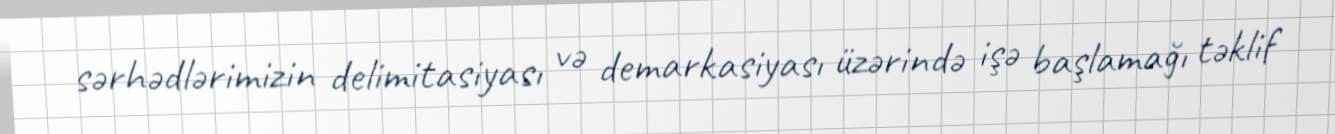
sərhədlərimizin delimitasiyası və demarkasiyası üzərində işə başlamağı təklif